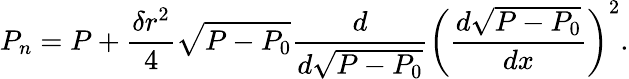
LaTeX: P_{n}=P+\frac{\delta r^{2}}{4}\sqrt{P-P_{0}}\frac{d}{d\sqrt{P-P_{0}}}{\left(\frac{d\sqrt{P-P_{0}}}{dx}\right)}^{2}.